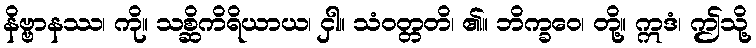
နိဗ္ဗာနဿ၊ ကို။ သစ္ဆိကိရိယာယ၊ ငှါ။ သံဝတ္တတိ၊ ၏။ ဘိက္ခဝေ၊ တို့။ ဣဒံ၊ ဤသို့